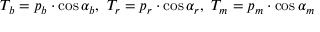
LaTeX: T _ { b } = p _ { b } \cdot \cos \alpha _ { b } , \ T _ { r } = p _ { r } \cdot \cos \alpha _ { r } , \ T _ { m } = p _ { m } \cdot \cos \alpha _ { m }